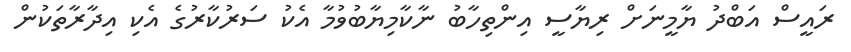
ރައީސް އަބްދު ޔާމީނަށް ރިޔާސީ އިންތިހާބު ނާކާމިޔާބުވުމާ އެކު ސަރުކާރުގެ އެކި އިދާރާތަކުން